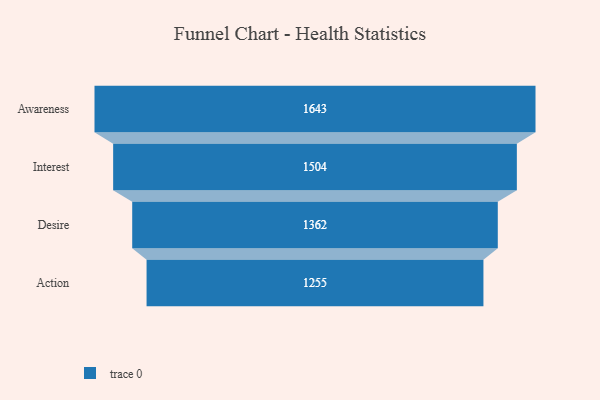
{"axis": {"x": "Stage", "y": "Value"}, "legend": [""], "data": [{"x": "Awareness", "y": 1643.0, "type": ""}, {"x": "Interest", "y": 1504.0, "type": ""}, {"x": "Desire", "y": 1362.0, "type": ""}, {"x": "Action", "y": 1255.0, "type": ""}]}